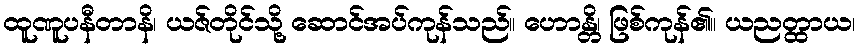
ထူဏူပနီတာနိ၊ ယဇ်တိုင်သို့ ဆောင်အပ်ကုန်သည်။ ဟောန္တိ၊ ဖြစ်ကုန်၏။ ယညတ္ထာယ၊